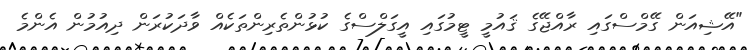
"އޭޝިއަން ގޭމްސްގައި ރާއްޖޭގެ ޤައުމީ ޓީމުގައި އީގަލްސްގެ ކުޅުންތެރިންތަކެއް ވާދަކުރަން ދިއުމުން އެންމެ